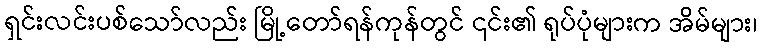
ရှင်းလင်းပစ်သော်လည်း မြို့တော်ရန်ကုန်တွင် ၎င်း၏ ရုပ်ပုံများက အိမ်များ၊